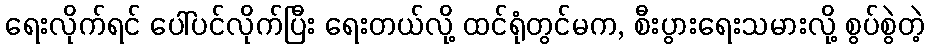
ရေးလိုက်ရင် ပေါ်ပင်လိုက်ပြီး ရေးတယ်လို့ ထင်ရုံတွင်မက, စီးပွားရေးသမားလို့ စွပ်စွဲတဲ့